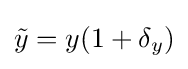
{\tilde {y}}=y(1+\delta _{y})